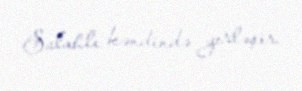
Salahlı kəndində yerləşir.